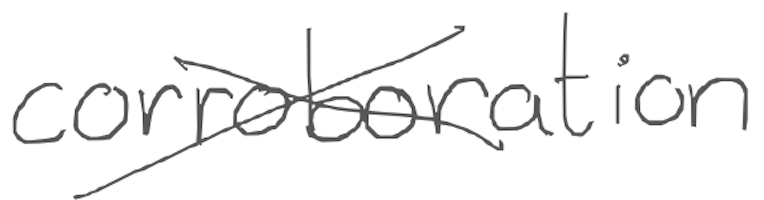
Text: corroboration
Cross-out: cross
Writing tool: digital_gray